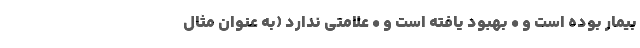
بیمار بوده است و • بهبود یافته است و • علامتی ندارد (به عنوان مثال